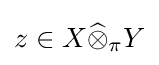
z\in X{\widehat {\otimes }}_{\pi }Y